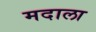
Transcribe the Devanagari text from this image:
मदाला